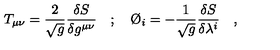
T _ { \mu \nu } = \frac { 2 } { \sqrt { g } } \frac { \delta S } { \delta g ^ { \mu \nu } } \quad ; \quad \O _ { i } = - \frac { 1 } { \sqrt { g } } \frac { \delta S } { \delta \lambda ^ { i } } \quad ,